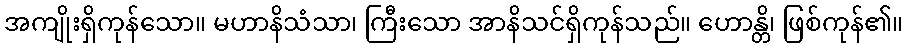
အကျိုးရှိကုန်သော။ မဟာနိသံသာ၊ ကြီးသော အာနိသင်ရှိကုန်သည်။ ဟောန္တိ၊ ဖြစ်ကုန်၏။